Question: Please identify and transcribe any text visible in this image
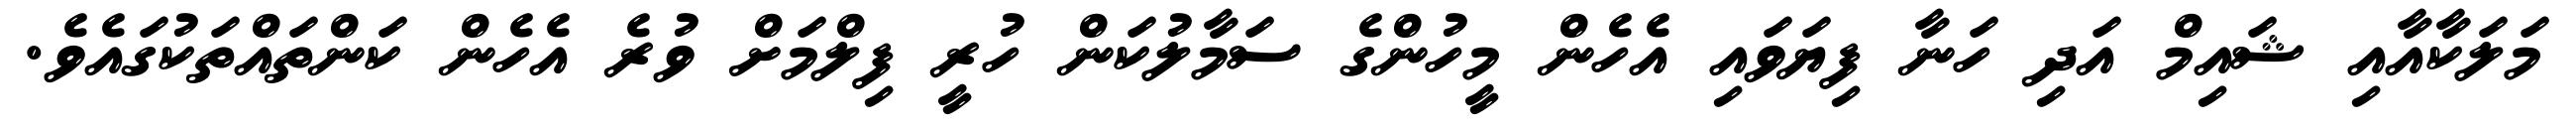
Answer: މަލަކާއާއި ޝައިމް އަދި ހަނާ ފިޔަވައި އެހެން މީހުންގެ ސަމާލުކަން ހުރީ ފިލްމަށް ވުރެ އެހެން ކަންތައްތަކުގައެވެ.